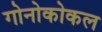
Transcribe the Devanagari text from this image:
गोनोकोकल